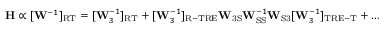
\mathbf { H } \propto [ \mathbf { W } ^ { - 1 } ] _ { \mathrm { R T } } = [ \mathbf { W } _ { 3 } ^ { - 1 } ] _ { \mathrm { R T } } + [ \mathbf { W } _ { 3 } ^ { - 1 } ] _ { \mathrm { R - T R E } } \mathbf { W } _ { \mathrm { 3 S } } \mathbf { W } _ { \mathrm { S S } } ^ { - 1 } \mathbf { W } _ { \mathrm { S 3 } } [ \mathbf { W } _ { 3 } ^ { - 1 } ] _ { \mathrm { T R E - T } } + \dots